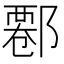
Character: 𨝍